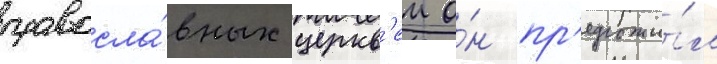
правосла́вных церкв'еи о́н пр'едложи́л